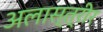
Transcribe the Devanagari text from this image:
अलास्त्रीर